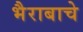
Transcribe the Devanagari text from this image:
भैराबाचे